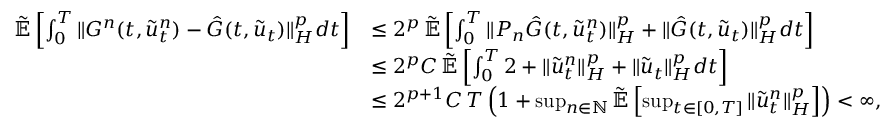
\begin{array} { r l } { \tilde { \mathbb { E } } \left[ \int _ { 0 } ^ { T } \| G ^ { n } ( t , \tilde { u } _ { t } ^ { n } ) - \hat { G } ( t , \tilde { u } _ { t } ) \| _ { H } ^ { p } d t \right] } & { \le 2 ^ { p } \, \tilde { \mathbb { E } } \left[ \int _ { 0 } ^ { T } \| P _ { n } \hat { G } ( t , \tilde { u } _ { t } ^ { n } ) \| _ { H } ^ { p } + \| \hat { G } ( t , \tilde { u } _ { t } ) \| _ { H } ^ { p } d t \right] } \\ & { \le 2 ^ { p } C \, \tilde { \mathbb { E } } \left[ \int _ { 0 } ^ { T } 2 + \| \tilde { u } _ { t } ^ { n } \| _ { H } ^ { p } + \| \tilde { u } _ { t } \| _ { H } ^ { p } d t \right] } \\ & { \le 2 ^ { p + 1 } C \, T \left( 1 + \operatorname* { s u p } _ { n \in \mathbb { N } } \tilde { \mathbb { E } } \left[ \operatorname* { s u p } _ { t \in [ 0 , T ] } \| \tilde { u } _ { t } ^ { n } \| _ { H } ^ { p } \right] \right) < \infty , } \end{array}